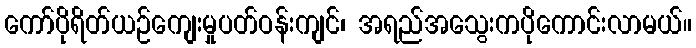
ကော်ပိုရိတ်ယဉ်ကျေးမှုပတ်ဝန်းကျင်၊ အရည်အသွေးကပိုကောင်းလာမယ်။